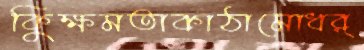
কুিক্ষমতাকাঠামোধর্